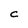
Character: C